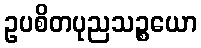
ဥပစိတပုညသဉ္စယော